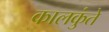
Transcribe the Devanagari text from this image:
कालकुंते